Epidemic dropsy in Calcutta - Number 45
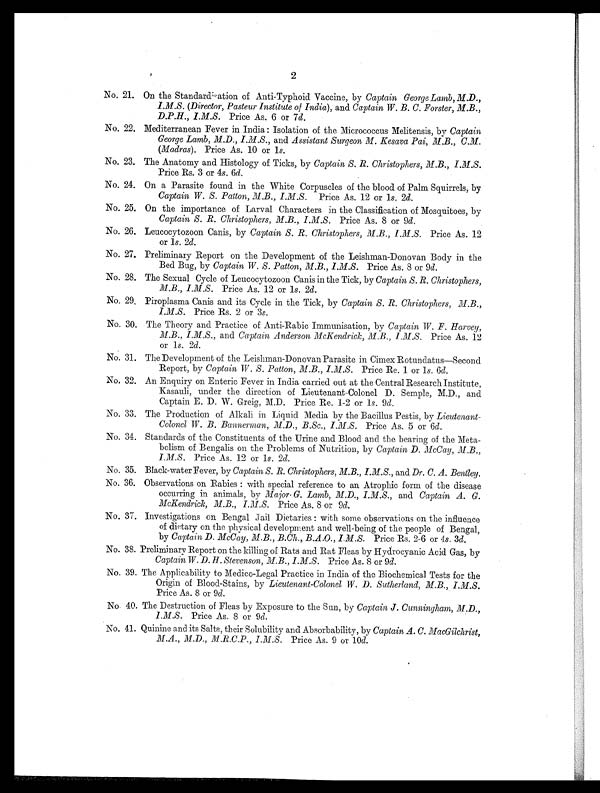
2
No. 21. On the Standardisation of Anti-Typhoid Vaccine, by Captain George Lamb, M.D.,
I. M. S. (Director, Pasteur Institute of India), and Captain W. B. C. Forster, M.B.,
D.P.H., I.M.S. Price As. 6 or 7d.
No. 22. Mediterranean Fever in India : Isolation of the Micrococcus Melitensis, by Captain
George Lamb, M.D., I.M.S., and Assistant Surgeon M. Kesava Pai, M. B., C. M.
(Madras). Price As. 10 or 1s.
No. 23. The Anatomy and Histology of Ticks, by Captain S. R. Christophers, M.B., I. M. S.
Price Rs. 3 or 4s . 6d .
No. 24. On a Parasite found in the White Corpuscles of the blood of Palm Squirrels, by
Captain W. S. Patton, M. B., I.M.S. Price As. 12 or 1 s. 2d.
No. 25. On the importance of Larval Characters in the Classification of Mosquitoes, by
Captain S. R. Christophers, M. B., I. M. S. Price As. 8 or 9 d .
No. 26. Leucocytozoon Canis, by Captain S. R. Christophers, M.B., I. M. S. Price As. 12
or 1s. 2d .
No. 27. Preliminary Report on the Development of the Leishman-Donovan Body in the
Bed Bug, by Captain W. S. Patton, M.B., I.M.S. Price As. 8 or 9 d .
No. 28. The Sexual Cycle of Leucocytozoon Canis in the Tick, by Captain S. R. Christophers,
M.B., I.M.S. Price As. 12 or 1s. 2d .
No. 29, Piroplasma Canis and its Cycle in the Tick, by Captain S. R. Christophers,
M.B., I. M. S. Price Rs. 2 or 3s.
No. 30. The Theory and Practice of Anti-Rabic Immunisation, by Captain W. F . Harvey,
M.B., I.M.S., and Captain Anderson McKendrick, M.B., I. M. S. Price As. 12
or 1s. 2d.
No. 31. The Development of the Leishman-Donovan Parasite in Cimex Rotundatus—Second
Report, by Captain W. S. Patton, M.B., I. M. S. Price Re. 1 or 1s. 6 d .
No. 32. An Enquiry on Enteric Fever in India carried out at the Central Research Institute,
Kasauli, under the direction of Lieutenant-Colonel D. Semple, M.D., and
Captain E. D. W. Greig, M.D. Price Re. 1-2 or 1s. 9 d .
No. 33. The Production of Alkali in Liquid Media by the Bacillus Pestis, by Lieutenant-
Colonel W. B. Bannerman, M.D., B.Sc., I. M. S. Price As. 5 or 6 d .
No. 34. Standards of the Constituents of the Urine and Blood and the bearing of the Meta
-bolism of Bengalis on the Problems of Nutrition, by Captain D. McCay,
M.B., I. M. S. Price As. 12 or 1s. 2d.
No. 35. Black-water Fever, by Captain S. R. Christophers, M.B., I.M.S., and Dr. C. A. Bentley.
No. 36. Observations on Rabies : with special reference to an Atrophic form of the disease
occurring in animals, by Major G. Lamb, M.D., I.M.S., and Captain A. G.
McKendrick, M.B., I. M. S. Price As. 8 or 9 d.
No. 37. Investigations on Bengal Jail Dietaries : with some observations on the influence
of dietary on the physical development and well-being of the people of Bengal,
by Captain D. McCay, M.B., B.Ch., B.A.O., I. M. S. Price Rs. 2-6 or 4s . 3d .
No. 38. Preliminary Report on the killing of Rats and Rat Fleas by Hydrocyanic Acid Gas, by
Captain W. D. H. Stevenson, M. B., I.M.S. Price As. 8 or 9 d .
No. 39. The Applicability to Medico-Legal Practice in India of the Biochemical Tests for the
Origin of Blood-Stains, by Lieutenant-Colonel W. D. Sutherland,
M. B. I. M. S. Price As. 8 or 9d.
No. 40. The Destruction of Fleas by Exposure to the Sun, by Captain J. Cunningham, M.D.,
I.M.S. Price As. 8 or 9d.
No. 41. Quinine and its Salts, their Solubility and Absorbability, by Captain A. C. MacGilchrist,
M.A., M.D., M.R.C.P., I.M.S. Price As. 9 or 10 d .